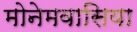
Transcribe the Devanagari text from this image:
मोनेमवासिया